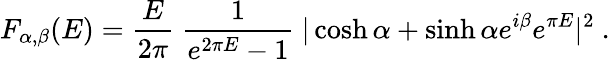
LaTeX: F_{\alpha,\beta}(E)={\frac{E}{2\pi}}~{\frac{1}{e^{2\pi E}-1}}~|\cosh\alpha+\sinh\alpha e^{i\beta}e^{\pi E}|^{2}~.